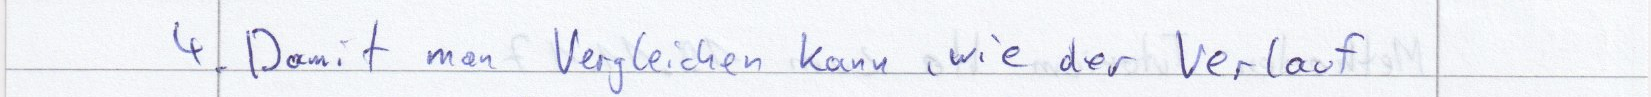
4. Damit man Vergleichen kann, wie der Verlauf